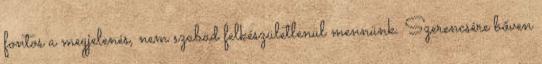
fontos a megjelenés, nem szabad felkészületlenül mennünk. Szerencsére bőven